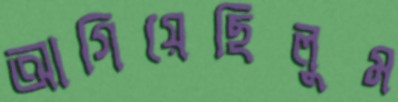
আগিয়েছিলুম